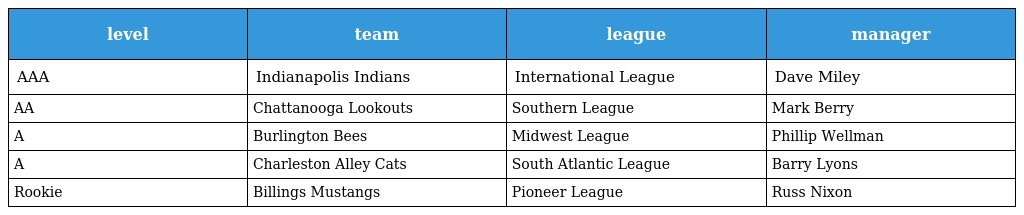
| level | team | league | manager |
 | --- | --- | --- | --- |
 | AAA | Indianapolis Indians | International League | Dave Miley |
 | AA | Chattanooga Lookouts | Southern League | Mark Berry |
 | A | Burlington Bees | Midwest League | Phillip Wellman |
 | A | Charleston Alley Cats | South Atlantic League | Barry Lyons |
 | Rookie | Billings Mustangs | Pioneer League | Russ Nixon |